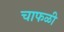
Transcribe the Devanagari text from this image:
चाफळी